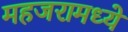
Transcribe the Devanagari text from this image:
महजरामध्ये